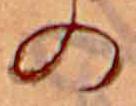
の